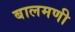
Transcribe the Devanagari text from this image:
बालमणी